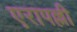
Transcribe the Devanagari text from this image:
एरापल्ली